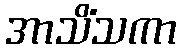
အာသိံသကာ